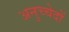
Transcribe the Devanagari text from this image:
अनुच्चेदों